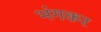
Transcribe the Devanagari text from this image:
भंगकर